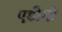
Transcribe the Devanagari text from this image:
एडीगो